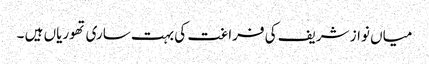
میاں نواز شریف کی فراغت کی بہت ساری تھوریاں ہیں ۔